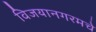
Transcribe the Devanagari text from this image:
विजयानगरमचे